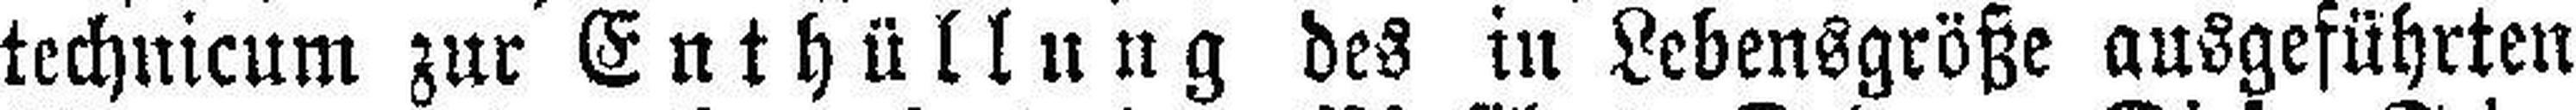
technicum zur Enthüllung des in Lebensgröße ausgeführten